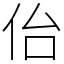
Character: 佁